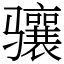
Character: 骧